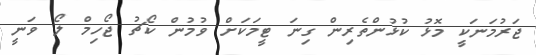
ޖަރުމަނަކީ މޮޅު ކުޅުންތެރިން ގިނަ ޓީމަކަށް ވުމުން ކޯޗު ޖޯހިމް ލޯ ވަނީ